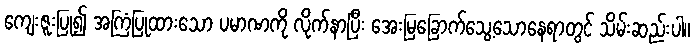
ကျေးဇူးပြု၍ အကြံပြုထားသော ပမာဏကို လိုက်နာပြီး အေးမြခြောက်သွေ့သောနေရာတွင် သိမ်းဆည်းပါ။